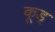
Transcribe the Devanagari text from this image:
कूड्